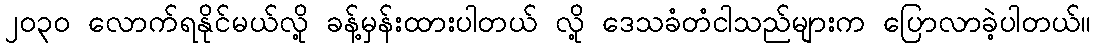
၂၀၃၀ လောက်ရနိုင်မယ်လို့ ခန့်မှန်းထားပါတယ် လို့ ဒေသခံတံငါသည်များက ပြောလာခဲ့ပါတယ်။